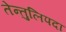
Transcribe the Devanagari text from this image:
तेन्तुलिपदा